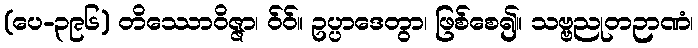
(ပေ-၃၉၆) တိဿောဝိဇ္ဇာ၊ ဝ်ဝ်။ ဥပ္ပာဒေတွာ၊ ဖြစ်စေ၍။ သဗ္ဗညုတဉာဏံ၊